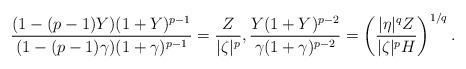
\begin{align*}\frac{(1-(p-1)Y)(1+Y)^{p-1}}{(1-(p-1)\gamma)(1+\gamma)^{p-1}}=\frac{Z}{|\zeta|^p},\frac{Y(1+Y)^{p-2}}{\gamma(1+\gamma)^{p-2}}=\left(\frac{|\eta|^qZ}{|\zeta|^pH}\right)^{1/q}.\end{align*}